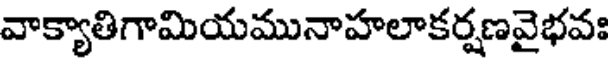
వాక్యాతిగామియమునాహలాకర్షణవైభవః